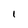
Character: 1